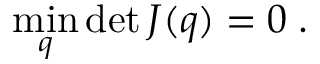
\operatorname* { m i n } _ { \boldsymbol q } \operatorname* { d e t } { \boldsymbol J } ( \boldsymbol q ) = 0 \; .